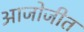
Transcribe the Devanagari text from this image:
आजोजीत